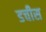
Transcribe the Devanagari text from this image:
डचीस